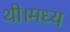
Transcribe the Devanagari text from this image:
थी।मध्य